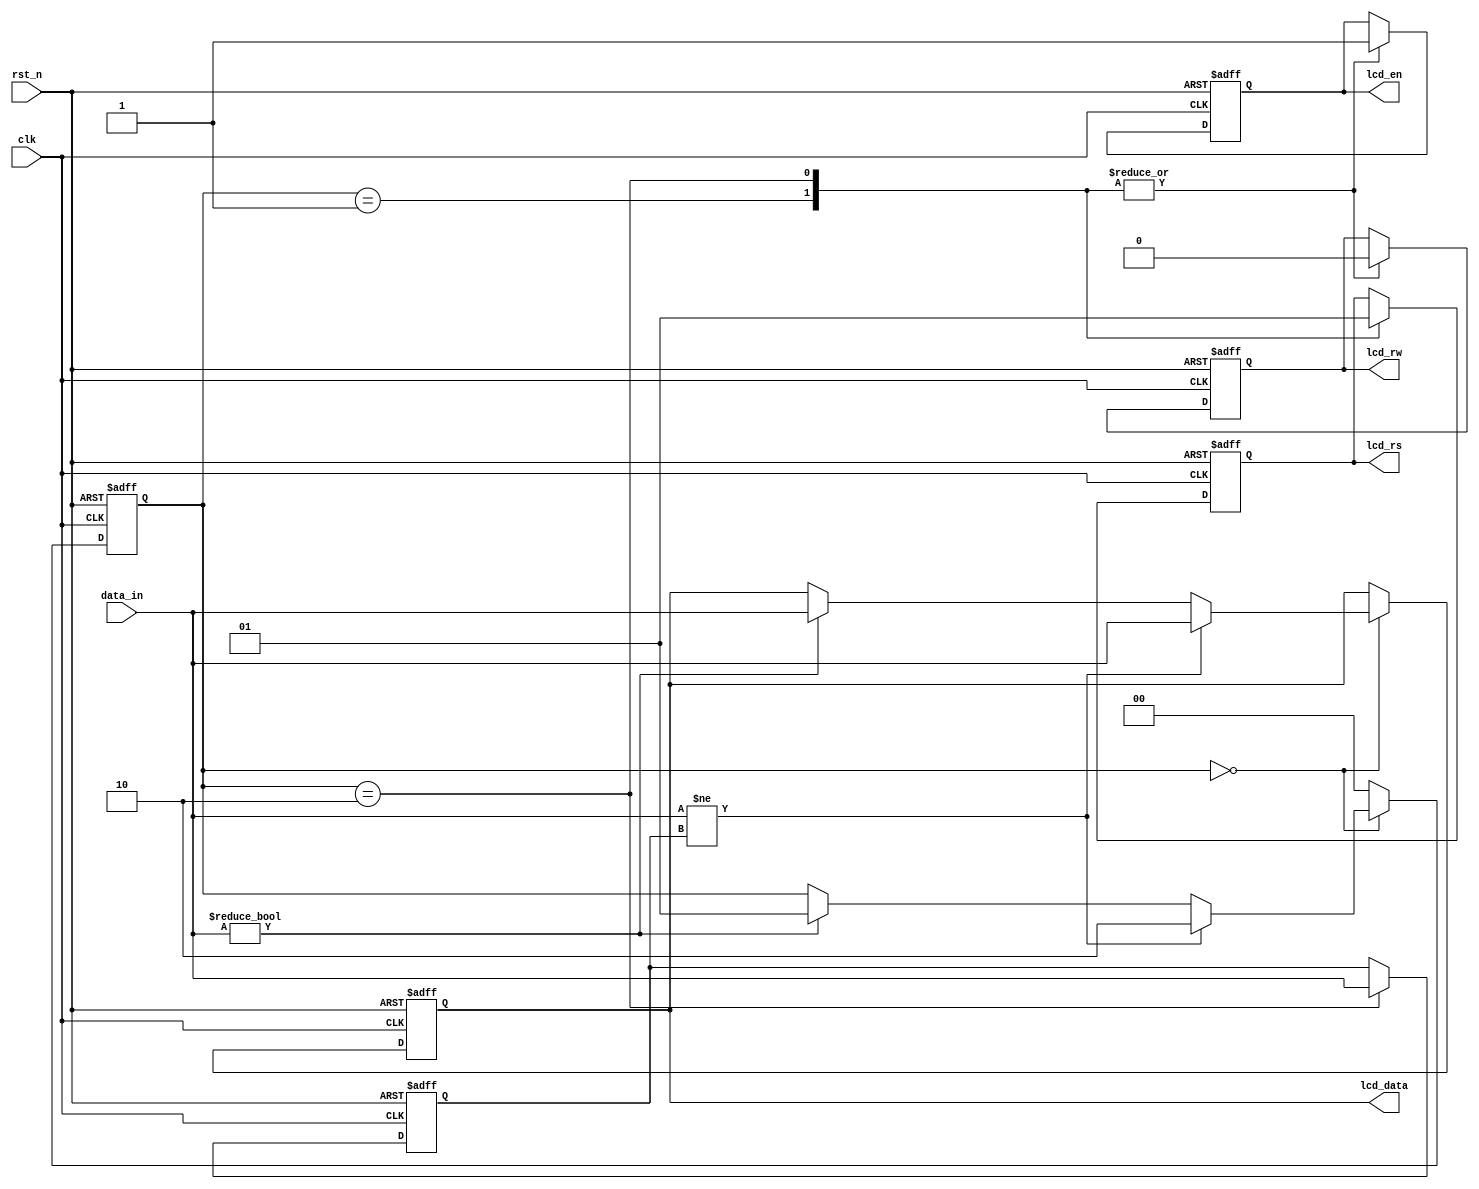
module lcd_controller (
  input wire clk,
  input wire rst_n,
  input wire [7:0] data_in, // 8-bit data to be displayed on the LCD
  output reg lcd_rs,       // Register select signal
  output reg lcd_rw,       // Read/Write signal
  output reg lcd_en,       // Enable signal
  output reg [7:0] lcd_data // Data to be displayed on the LCD
);

  // Internal state machine states
  parameter IDLE = 2'b00;
  parameter WRITE_CMD = 2'b01;
  parameter WRITE_DATA = 2'b10;

  reg [1:0] state;
  reg [7:0] internal_data;

  // Clock edge detection
  always @(posedge clk or negedge rst_n) begin
    if (~rst_n) begin
      state <= IDLE;
      lcd_rs <= 0;
      lcd_rw <= 0;
      lcd_en <= 0;
      lcd_data <= 8'b0;
      internal_data <= 8'b0;
    end else begin
      // State machine transitions
      case(state)
        IDLE: begin
          if (data_in != internal_data) begin
            state <= WRITE_DATA;
            lcd_data <= data_in;
          end else if (data_in != 8'b0) begin
            state <= WRITE_CMD;
            lcd_data <= data_in;
          end
        end
        WRITE_CMD: begin
          state <= IDLE;
          lcd_rs <= 0;
          lcd_rw <= 0;
          lcd_en <= 1;
        end
        WRITE_DATA: begin
          state <= IDLE;
          lcd_rs <= 1;
          lcd_rw <= 0;
          lcd_en <= 1;
          internal_data <= data_in;
        end
        default: state <= IDLE;
      endcase
    end
  end

endmodule